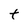
Character: t